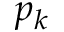
p _ { k }